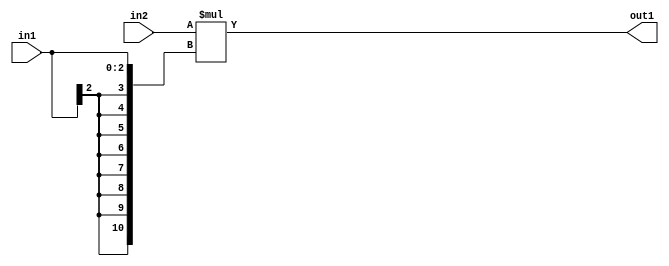
`timescale 1ps / 1ps
/*****************************************************************************
    Verilog RTL Description
    
    
    Created by: Stratus DpOpt 2019.1.01 
*******************************************************************************/

module GaussFilter_Mul_8Ux3S_11S_1 (
	in2,
	in1,
	out1
	); /* architecture "behavioural" */ 
input [7:0] in2;
input [2:0] in1;
output [10:0] out1;
wire [10:0] asc001;

assign asc001 = 
	+(in2 * {{8{in1[2]}}, in1});

assign out1 = asc001;
endmodule

/* CADENCE  ubHzSwE= : u9/ySgnWtBlWxVPRXgAZ4Og= ** DO NOT EDIT THIS LINE ******/